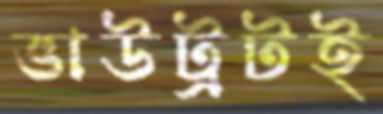
ভাউট্রটই